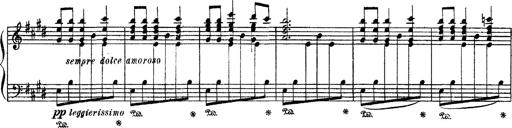
Title: Apparitions
Composer: Franz Liszt